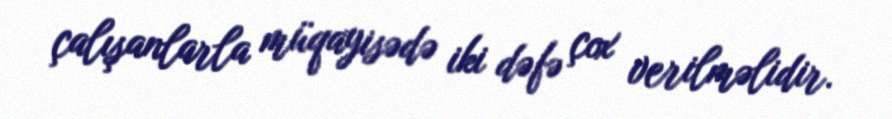
çalışanlarla müqayisədə iki dəfə çox verilməlidir.